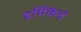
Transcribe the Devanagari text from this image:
हर्मिकेचे